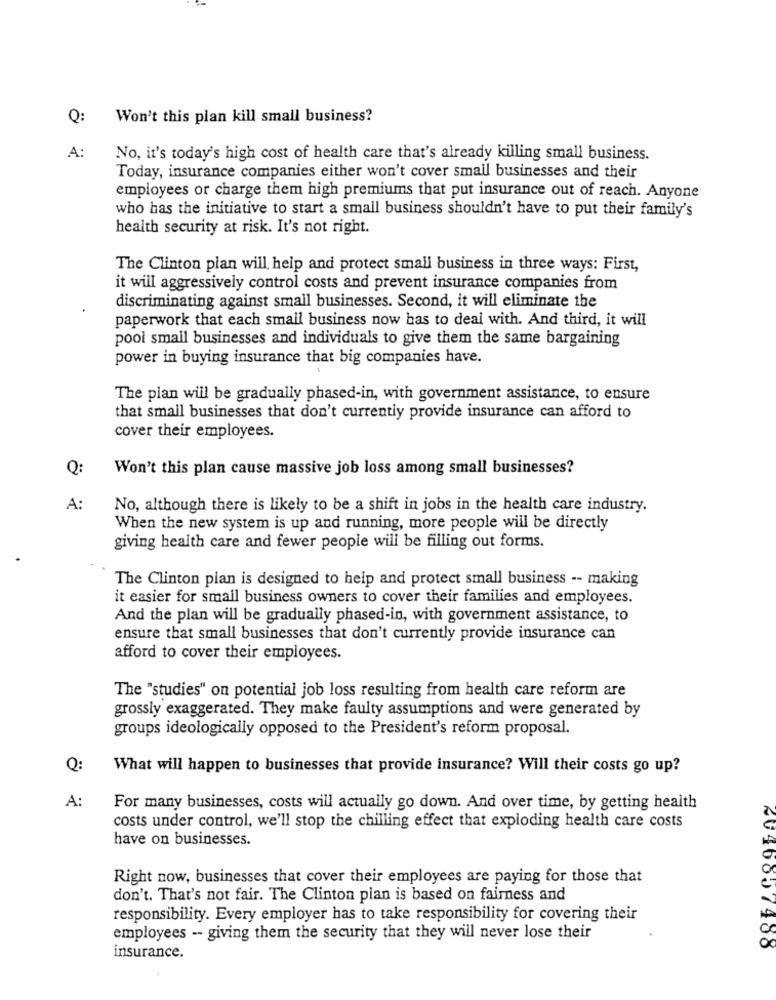
Q:
Won't this plan kill small business?
A:
No, it's today's high cost of health care that's already killing small business.
Today, insurance companies either won't cover small businesses and their
employees or charge them high premiums that put insurance out of reach. Anyone
who has the initiative to start a small business shouldn't have to put their family's
health security at risk. It's not right.
The Clinton plan will help and protect small business in three ways: First,
it will aggressively control costs and prevent insurance companies from
discriminating against small businesses. Second, it will eliminate the
paperwork that each small business now has to deal with. And third, it will
pool small businesses and individuals to give them the same bargaining
power in buying insurance that big companies have.
The plan will be gradually phased-in, with government assistance, to ensure
that small businesses that don't currently provide insurance can afford to
cover their employees.
Q:
Won't this plan cause massive job loss among small businesses?
A:
No, although there is likely to be a shift in jobs in the health care industry.
When the new system is up and running, more people will be directly
giving health care and fewer people will be filling out forms.
The Clinton pian is designed to help and protect small business -- making
it easier for small business owners to cover their families and employees.
And the plan will be gradually phased-in, with government assistance, to
ensure that small businesses that don't currently provide insurance can
afford to cover their employees.
The "studies" on potential job loss resulting from health care reform are
grossly exaggerated. They make faulty assumptions and were generated by
groups ideologically opposed to the President's reform proposal.
Q:
What will happen to businesses that provide insurance? Will their costs go up?
A:
For many businesses, costs will actually go down. And over time, by getting health
costs under control, we'll stop the chilling effect that exploding health care costs
have on businesses.
Right now, businesses that cover their employees are paying for those that
don't. That's not fair. The Clinton pian is based on fairness and
responsibility. Every employer has to take responsibility for covering their
employees -- giving them the security that they will never lose their
20 4000 7408
insurance.